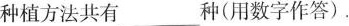
种植方法共有___种(用数字作答)。